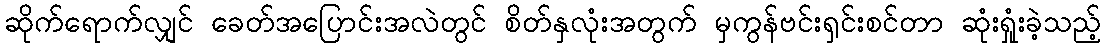
ဆိုက်ရောက်လျှင် ခေတ်အပြောင်းအလဲတွင် စိတ်နှလုံးအတွက် မှကွန်ဗင်းရှင်းစင်တာ ဆုံးရှုံးခဲ့သည့်